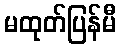
မထုတ်ပြန်မီ